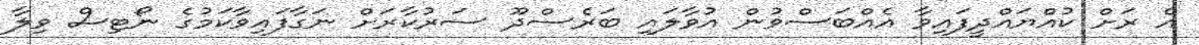
އެ ރަށް ކުއްޔައްދީފައިވާ އެއްބަސްވުން އުވާލައި ބަރެސްދޫ ސަރުކާރަށް ނަގާފައިވާކަމުގެ ނޯޓިސް ވިލާ